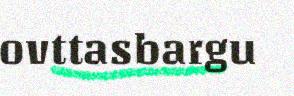
ovttasbargu